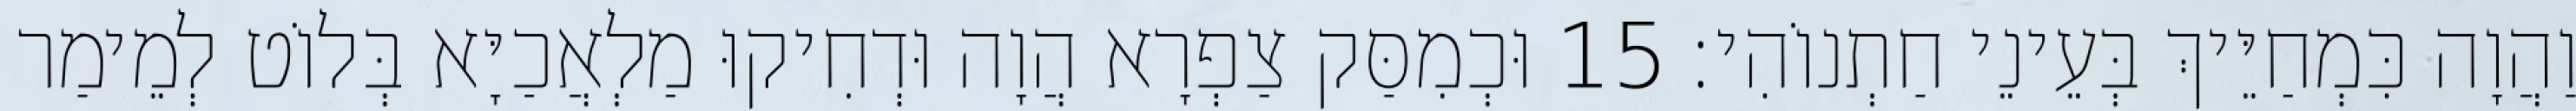
וַהֲוָה כִּמְחַיֵּיךְ בְּעֵינֵי חַתְנוֹהִי׃ 15 וּכְמִסַּק צַפְרָא הֲוָה וּדְחִיקוּ מַלְאֲכַיָּא בְּלוֹט לְמֵימַר